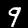
Digit: 9